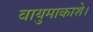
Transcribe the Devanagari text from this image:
वायुमाकाशे।